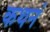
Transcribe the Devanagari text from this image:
कथनं